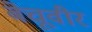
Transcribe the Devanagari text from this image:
बेचूवीर